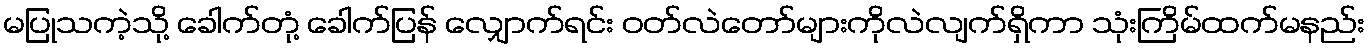
မပြုသကဲ့သို့ ခေါက်တုံ့ ခေါက်ပြန် လျှောက်ရင်း ဝတ်လဲတော်များကိုလဲလျက်ရှိကာ သုံးကြိမ်ထက်မနည်း